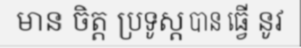
មាន ចិត្ត ប្រទូស្ត បាន ធ្វើ នូវ